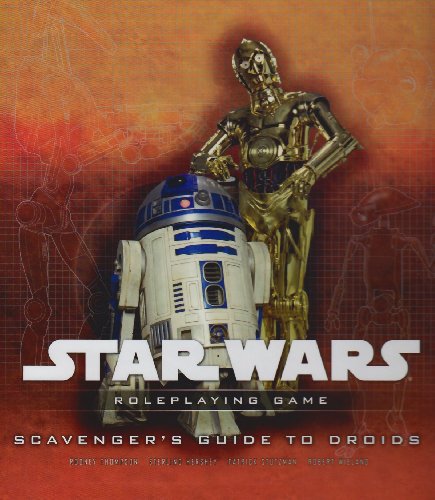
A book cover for Scavenger's Guide to Droids: A Star Wars Roleplaying Game Supplement; Rodney Thompson; Science Fiction & Fantasy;